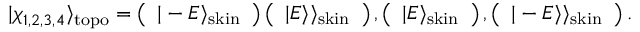
| \chi _ { 1 , 2 , 3 , 4 } \rangle _ { \mathrm { t o p o } } = \left( \begin{array} { c } { | - E \rangle _ { \mathrm { s k i n } } } \end{array} \right) \left( \begin{array} { c } { | E \rangle \rangle _ { \mathrm { s k i n } } } \end{array} \right) , \left( \begin{array} { c } { | E \rangle _ { \mathrm { s k i n } } } \end{array} \right) , \left( \begin{array} { c } { | - E \rangle \rangle _ { \mathrm { s k i n } } } \end{array} \right) .